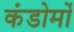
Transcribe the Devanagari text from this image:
कंडोमों